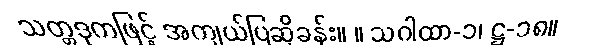
သတ္တဒုကဖြင့် အကျယ်ပြဆိုခန်း။ ။ သဂါထာ-၁၊ ဋ္ဌ-၁၈။